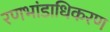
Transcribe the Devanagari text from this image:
रणभांडाधिकरण